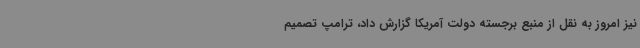
نیز امروز به نقل از منبع برجسته دولت آمریکا گزارش داد، ترامپ تصمیم